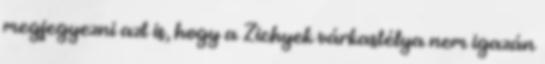
megjegyezni azt is, hogy a Zichyek várkastélya nem igazán